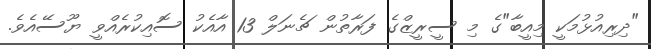
"ދިރިއުޅުމަކީ މިއީބާ"ގެ މި ސީރީޒްގެ ފަރާތުން ޗެނަލް 13 އާއެކު ސޮއިކުރެއްވީ ޔޫސޭއެވެ.